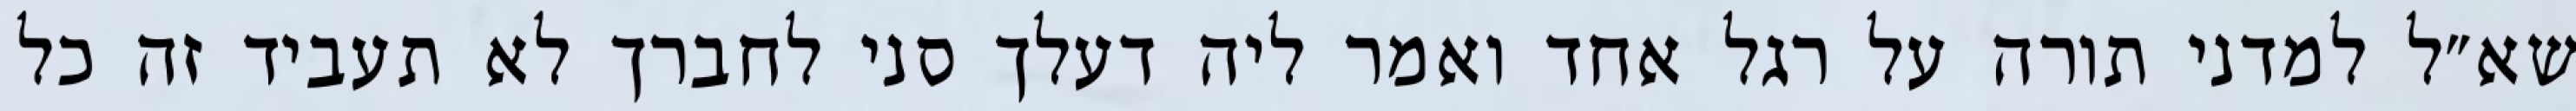
שא״ל למדני תורה על רגל אחד ואמר ליה דעלך סני לחברך לא תעביד זה כל